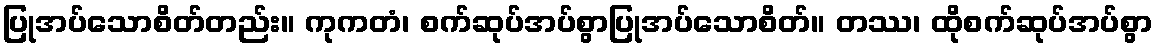
ပြုအပ်သောစိတ်တည်း။ ကုကတံ၊ စက်ဆုပ်အပ်စွာပြုအပ်သောစိတ်။ တဿ၊ ထိုစက်ဆုပ်အပ်စွာ